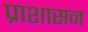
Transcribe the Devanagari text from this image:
प्राशासन